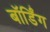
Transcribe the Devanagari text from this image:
बॉर्डिंग